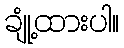
ချုံ့ထားပါ။